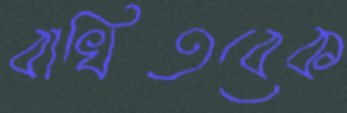
বাখিতবেক